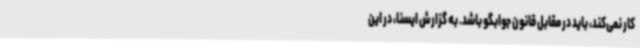
کار نمی‌کند، باید در مقابل قانون جوابگو باشد. به گزارش ایسنا، در این